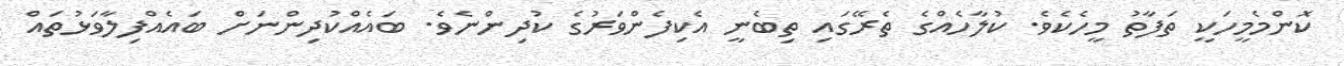
ކޮންމެމީހަކީ ތަފާތު މީހެކެވެ. ކުލާހެއްގެ ތެރޭގައި ތިބެނީ އެކިފެންވަރުގެ ކުދިންނެވެ. ބައެއްކުދިންނަށް ބައެއްފިލާވަޅުތައް